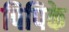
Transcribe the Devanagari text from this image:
पिपिके